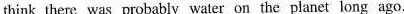
think there was probably water on the planet long ago.